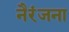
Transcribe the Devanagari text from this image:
नैरंजना